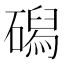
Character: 磶